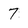
Character: 7